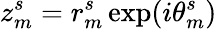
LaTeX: z_{m}^{s}=r_{m}^{s}\exp(i\theta_{m}^{s})